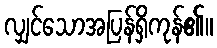
လျှင်သောအပြန်ရှိကုန်၏။